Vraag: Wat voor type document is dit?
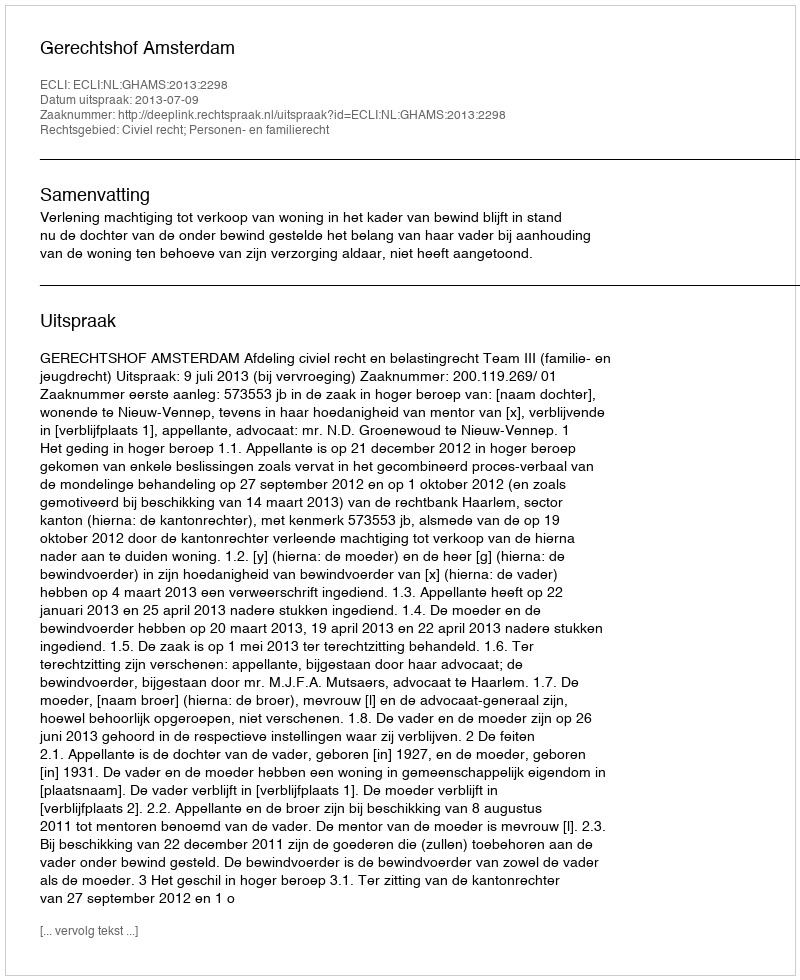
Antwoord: Uitspraak